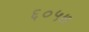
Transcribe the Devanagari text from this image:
६०५७